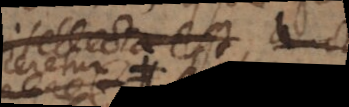
intellecta est,